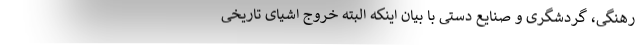
رهنگی، گردشگری و صنایع دستی با بیان اینکه البته خروج اشیای تاریخی